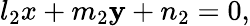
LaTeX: l_{2}x+m_{2}\mathbf{y}+n_{2}=0,